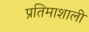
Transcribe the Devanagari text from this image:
प्रतिमाशाली